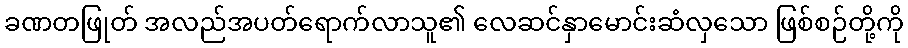
ခဏတဖြုတ် အလည်အပတ်ရောက်လာသူ၏ လေဆင်နှာမောင်းဆံလှသော ဖြစ်စဉ်တို့ကို